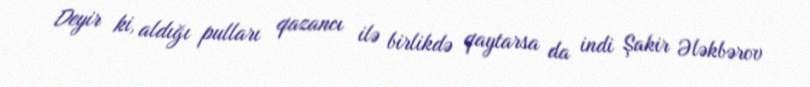
Deyir ki, aldığı pulları qazancı ilə birlikdə qaytarsa da indi Şakir Ələkbərov